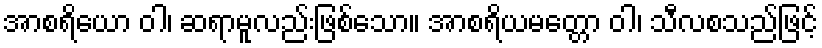
အာစရိယော ဝါ၊ ဆရာမူလည်းဖြစ်သော။ အာစရိယမတ္တော ဝါ၊ သီလစသည်ဖြင့်